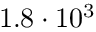
1 . 8 \cdot 1 0 ^ { 3 }